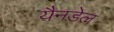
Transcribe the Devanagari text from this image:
यैनडेल